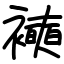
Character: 襫